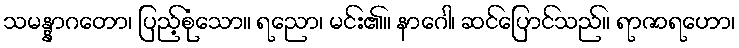
သမန္နာဂတော၊ ပြည့်စုံသော။ ရညော၊ မင်း၏။ နာဂေါ၊ ဆင်ပြောင်သည်။ ရာဇာရဟော၊